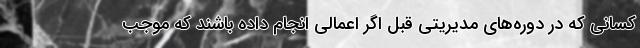
کسانی که در دوره‌های مدیریتی قبل اگر اعمالی انجام داده باشند که موجب